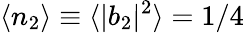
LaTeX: \langle n_{2}\rangle\equiv\langle|b_{2}|^{2}\rangle=1/4